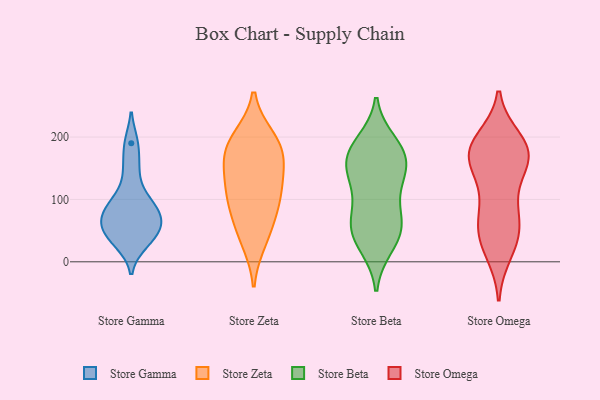
{"axis": {"x": "Waste Production (Tons)", "y": "Value"}, "legend": ["Store Beta", "Store Gamma", "Store Omega", "Store Zeta"], "data": [{"x": "", "y": 149, "type": "Store Gamma"}, {"x": "", "y": 38, "type": "Store Gamma"}, {"x": "", "y": 190, "type": "Store Gamma"}, {"x": "", "y": 69, "type": "Store Gamma"}, {"x": "", "y": 60, "type": "Store Gamma"}, {"x": "", "y": 30, "type": "Store Gamma"}, {"x": "", "y": 92, "type": "Store Gamma"}, {"x": "", "y": 77, "type": "Store Gamma"}, {"x": "", "y": 53, "type": "Store Gamma"}, {"x": "", "y": 103, "type": "Store Gamma"}, {"x": "", "y": 198, "type": "Store Zeta"}, {"x": "", "y": 52, "type": "Store Zeta"}, {"x": "", "y": 109, "type": "Store Zeta"}, {"x": "", "y": 34, "type": "Store Zeta"}, {"x": "", "y": 177, "type": "Store Zeta"}, {"x": "", "y": 174, "type": "Store Zeta"}, {"x": "", "y": 148, "type": "Store Zeta"}, {"x": "", "y": 99, "type": "Store Zeta"}, {"x": "", "y": 192, "type": "Store Zeta"}, {"x": "", "y": 133, "type": "Store Zeta"}, {"x": "", "y": 88, "type": "Store Zeta"}, {"x": "", "y": 139, "type": "Store Beta"}, {"x": "", "y": 57, "type": "Store Beta"}, {"x": "", "y": 69, "type": "Store Beta"}, {"x": "", "y": 60, "type": "Store Beta"}, {"x": "", "y": 121, "type": "Store Beta"}, {"x": "", "y": 24, "type": "Store Beta"}, {"x": "", "y": 26, "type": "Store Beta"}, {"x": "", "y": 172, "type": "Store Beta"}, {"x": "", "y": 145, "type": "Store Beta"}, {"x": "", "y": 192, "type": "Store Beta"}, {"x": "", "y": 167, "type": "Store Beta"}, {"x": "", "y": 189, "type": "Store Beta"}, {"x": "", "y": 172, "type": "Store Beta"}, {"x": "", "y": 50, "type": "Store Beta"}, {"x": "", "y": 114, "type": "Store Beta"}, {"x": "", "y": 156, "type": "Store Beta"}, {"x": "", "y": 67, "type": "Store Beta"}, {"x": "", "y": 171, "type": "Store Omega"}, {"x": "", "y": 57, "type": "Store Omega"}, {"x": "", "y": 159, "type": "Store Omega"}, {"x": "", "y": 30, "type": "Store Omega"}, {"x": "", "y": 59, "type": "Store Omega"}, {"x": "", "y": 173, "type": "Store Omega"}, {"x": "", "y": 89, "type": "Store Omega"}, {"x": "", "y": 46, "type": "Store Omega"}, {"x": "", "y": 163, "type": "Store Omega"}, {"x": "", "y": 182, "type": "Store Omega"}, {"x": "", "y": 172, "type": "Store Omega"}, {"x": "", "y": 17, "type": "Store Omega"}, {"x": "", "y": 194, "type": "Store Omega"}, {"x": "", "y": 108, "type": "Store Omega"}, {"x": "", "y": 180, "type": "Store Omega"}]}